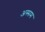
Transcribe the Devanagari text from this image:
अस्सम